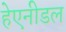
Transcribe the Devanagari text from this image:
हेएनीडल